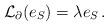
LaTeX: \begin{align*} \mathcal L_\partial(e_S) = \lambda e_S\,. \end{align*}